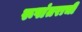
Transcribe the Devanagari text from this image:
रूपांतराची